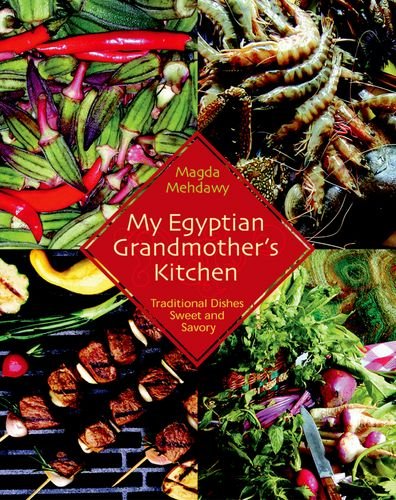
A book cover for My Egyptian Grandmother's Kitchen: Traditional Dishes Sweet and Savory; Magda Mehdawy; Cookbooks, Food & Wine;